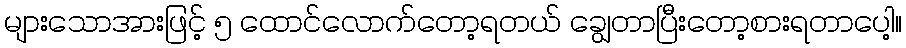
များသောအားဖြင့် ၅ ထောင်လောက်တော့ရတယ် ချွေတာပြီးတော့စားရတာပေါ့။